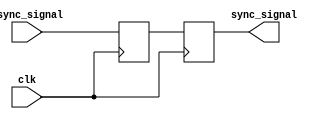
module dual_ff_synchronizer (
    input wire clk,              // Clock input
    input wire async_signal,     // Asynchronous input signal
    output reg sync_signal       // Synchronized output signal
);

// Intermediate signal between the two flip-flops
reg ff1_out;

// First Flip-Flop (FF1)
always @(posedge clk) begin
    ff1_out <= async_signal;    // Capture async_signal on clock edge
end

// Second Flip-Flop (FF2)
always @(posedge clk) begin
    sync_signal <= ff1_out;      // Capture output of FF1 on clock edge
end

// Optional: Asynchronous reset functionality
// Uncomment the lines below if reset functionality is needed
/*
input wire reset;              // Asynchronous reset input

always @(posedge clk or posedge reset) begin
    if (reset) begin
        ff1_out <= 1'b0;        // Reset FF1
        sync_signal <= 1'b0;    // Reset FF2
    end else begin
        ff1_out <= async_signal; // Capture async_signal on clock edge
        sync_signal <= ff1_out;   // Capture output of FF1 on clock edge
    end
end
*/

endmodule